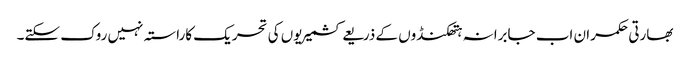
بھارتی حکمران اب جابرانہ ہتھکنڈوں کے ذریعے کشمیریوں کی تحریک کاراستہ نہیں روک سکتے۔